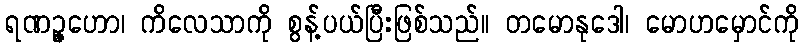
ရဏဉ္ဇဟော၊ ကိလေသာကို စွန့်ပယ်ပြီးဖြစ်သည်။ တမောနုဒေါ၊ မောဟမှောင်ကို